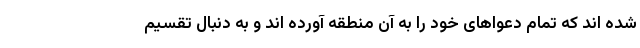
شده اند که تمام دعواهای خود را به آن منطقه آورده اند و به دنبال تقسیم